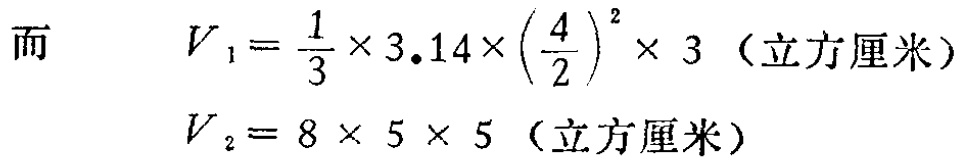
而

\[

V_1 = \frac{1}{3} \times 3.14 \times \left(\frac{4}{2}\right)^2 \times 3 \text{（立方厘米）}

\]

\[

V_2 = 8 \times 5 \times 5 \text{（立方厘米）}

\]